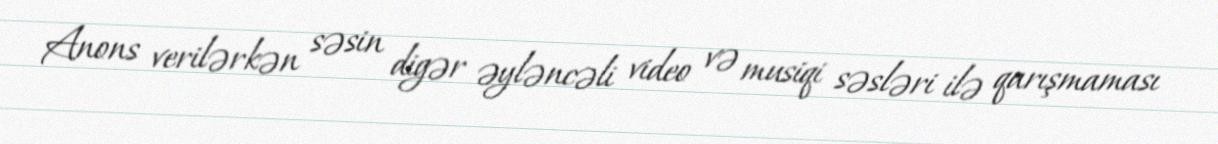
Anons verilərkən səsin digər əyləncəli video və musiqi səsləri ilə qarışmaması